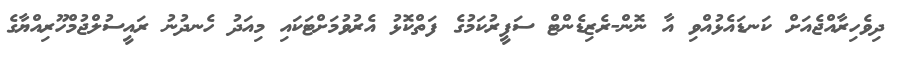
ދިވެހިރާއްޖެއަށް ކަނޑައެޅުއްވި އާ ނޮން-ރެޒިޑެންޓް ސަފީރުކަމުގެ ފަތްކޮޅު އެރުވުމަށްޓަކައި މިއަދު ހެނދުނު ރައީސުލްޖުމްހޫރިއްޔާގެ